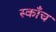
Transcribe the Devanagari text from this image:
स्काँच